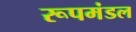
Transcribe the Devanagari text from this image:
रूपमंडल